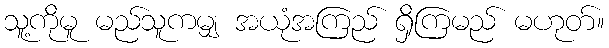
သူ့ကိုမူ မည်သူကမျှ အယုံအကြည် ရှိကြမည် မဟုတ်။